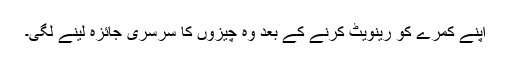
اپنے کمرے کو رینویٹ کرنے کے بعد وہ چیزوں کا سرسری جائزہ لینے لگی۔